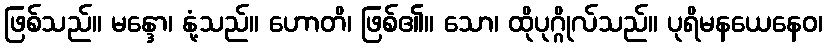
ဖြစ်သည်။ မန္ဒော၊ နုံ့သည်။ ဟောတိ၊ ဖြစ်၏။ သော၊ ထိုပုဂ္ဂိုလ်သည်။ ပုရိမနယေနေဝ၊